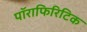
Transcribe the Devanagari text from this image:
पॉराफिरिटिक